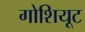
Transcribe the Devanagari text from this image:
गोशियूट